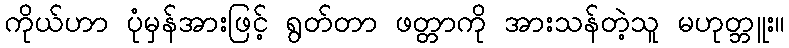
ကိုယ်ဟာ ပုံမှန်အားဖြင့် ရွတ်တာ ဖတ္တာကို အားသန်တဲ့သူ မဟုတ္ဘူး။